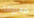
معروفة